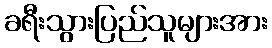
ခရီးသွားပြည်သူများအား